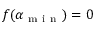
f ( \alpha _ { \mathrm { ~ m ~ i ~ n ~ } } ) = 0